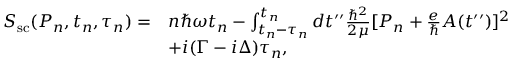
\begin{array} { r l } { S _ { \mathrm { s c } } ( P _ { n } , t _ { n } , \tau _ { n } ) = } & { n \hbar \omega t _ { n } - \int _ { t _ { n } - \tau _ { n } } ^ { t _ { n } } d t ^ { \prime \prime } \frac { \hbar ^ { 2 } } { 2 \mu } [ P _ { n } + \frac { e } { \hbar } A ( t ^ { \prime \prime } ) ] ^ { 2 } } \\ & { + i ( \Gamma - i \Delta ) \tau _ { n } , } \end{array}